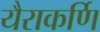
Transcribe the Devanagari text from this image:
यैराकर्णि